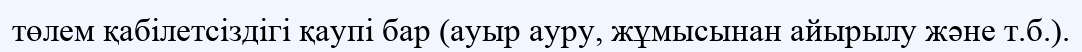
төлем қабілетсіздігі қаупі бар (ауыр ауру, жұмысынан айырылу және т.б.).